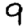
Digit: 9